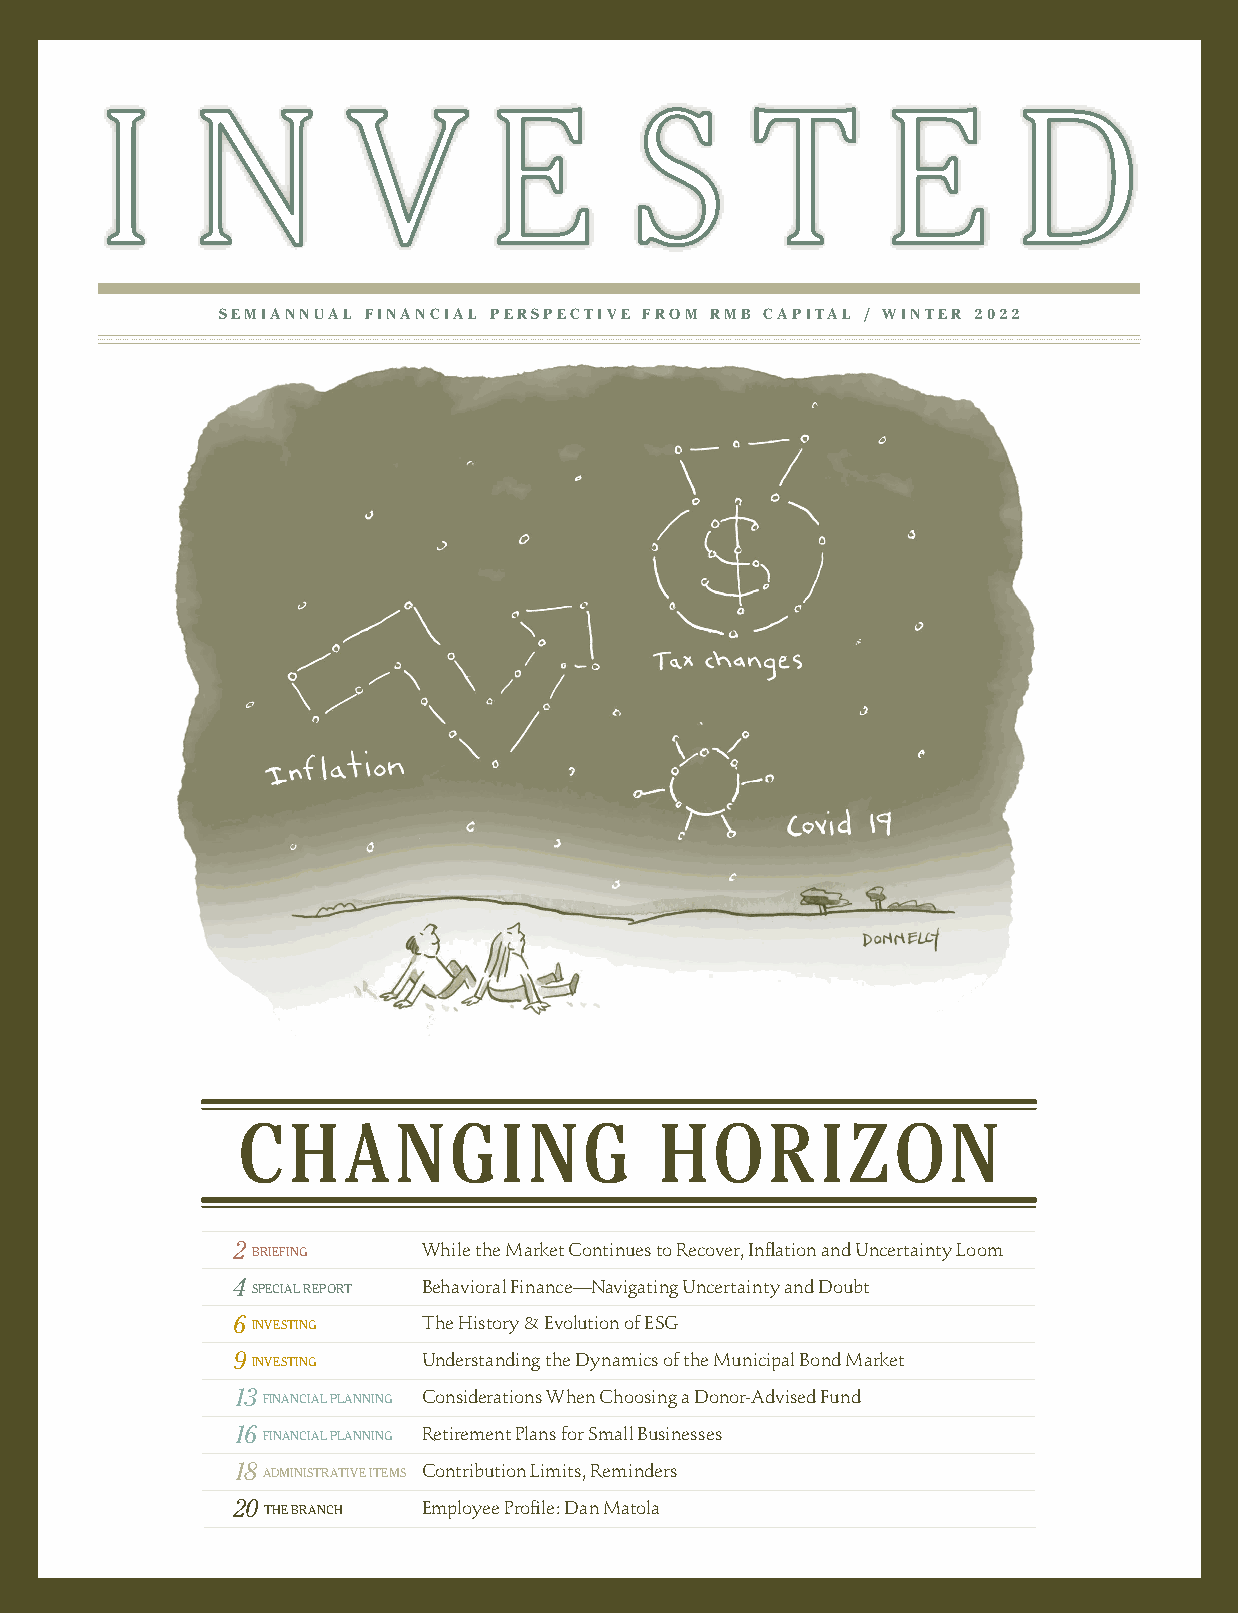
SEMIANNUAL FINANCIAL PERSPECTIVE FROM RMB CAPITAL / WINTER 2022
 CH     A  NGING             HOR       IZON
 2 BRIEFING   While the Market Continues to Recover, Inflation and Uncertainty Loom
 4 SPECIAL REPORT Behavioral Finance— Navigating Uncertainty and Doubt
 6 INVESTING  The History & Evolution of ESG
 9 INVESTING  Understanding the Dynamics of the Municipal Bond Market
 13 FINANCIAL PLANNING Considerations When Choosing a Donor-Advised Fund
 16 FINANCIAL PLANNING Retirement Plans for Small Businesses
 18 ADMINISTRATIVE ITEMS Contribution Limits, Reminders
 20 THE BRANCH Employee Profile: Dan Matola